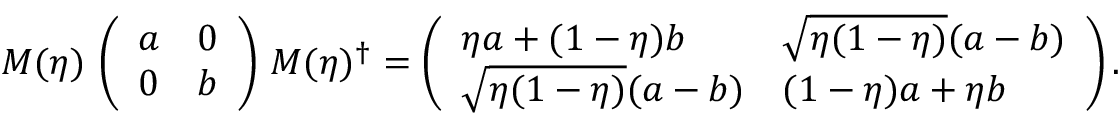
M ( \eta ) \, \left( \begin{array} { l l } { a } & { 0 } \\ { 0 } & { b } \end{array} \right) \, M ( \eta ) ^ { \dagger } = \left( \begin{array} { l l } { \eta a + ( 1 - \eta ) b } & { \sqrt { \eta ( 1 - \eta ) } ( a - b ) } \\ { \sqrt { \eta ( 1 - \eta ) } ( a - b ) } & { ( 1 - \eta ) a + \eta b } \end{array} \right) .